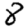
Digit: 8